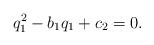
\begin{align*} q_1^2-b_1q_1+c_2=0. \end{align*}